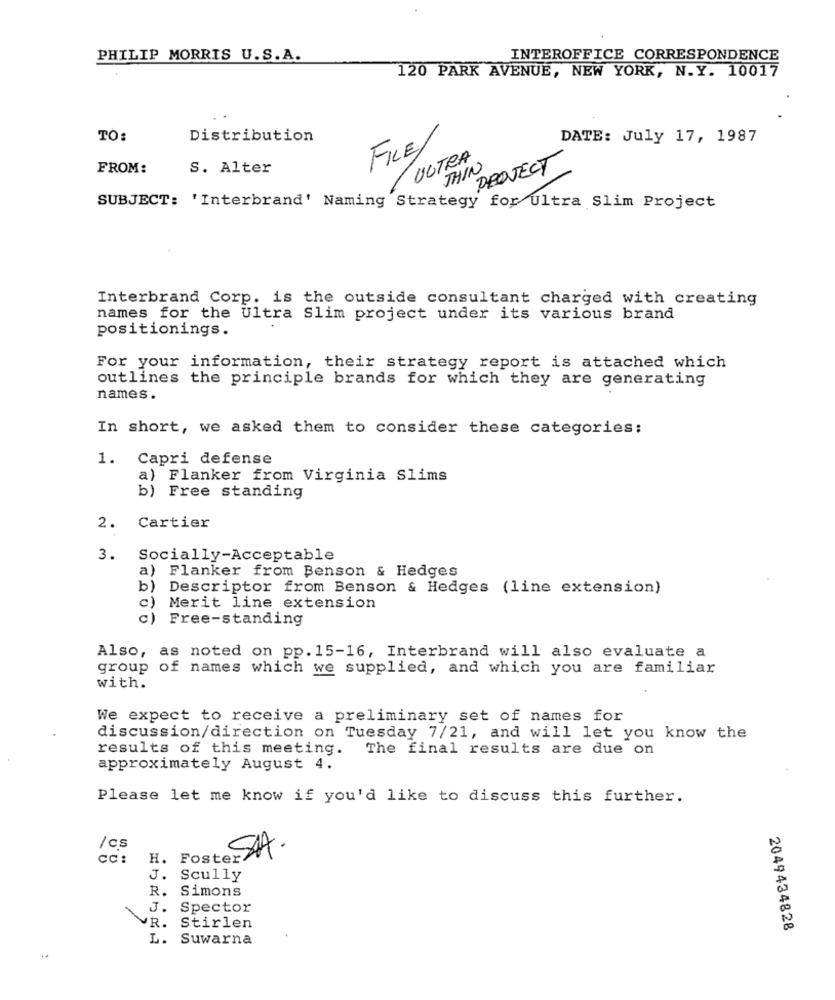
PHILIP MORRIS U.S.A.
INTEROFFICE CORRESPONDENCE
120 PARK AVENUE, NEW YORK, N.Y. 10017
TO:
Distribution
DATE: July 17, 1987
FILE/
ULTRA
FROM:
S. Alter
THIN
PROJECT
SUBJECT: 'Interbrand' Naming Strategy for Ultra Slim Project
Interbrand Corp. is the outside consultant charged with creating
names for the Ultra Slim project under its various brand
positionings.
For your information, their strategy report is attached which
outlines the principle brands for which they are generating
names .
In short, we asked them to consider these categories:
1. Capri defense
a) Flanker from Virginia Slims
b) Free standing
2.
Cartier
3. Socially-Acceptable
a) Flanker from Benson & Hedges
b)
Descriptor from Benson & Hedges (line extension)
c)
Merit line extension
Free-standing
Also, as noted on pp. 15-16, Interbrand will also evaluate a
group of names which we supplied, and which you are familiar
with.
We expect to receive a preliminary set of names for
discussion/direction on Tuesday 7/21, and will let you know the
results of this meeting. The final results are due on
approximately August 4.
Please let me know if you'd like to discuss this further.
/cs
CC:
H. Foster>
SA.
J. Scully
R.
Simons
J.
Spector
VR. S
Stirlen
2049434828
L.
Suwarna